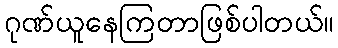
ဂုဏ်ယူနေကြတာဖြစ်ပါတယ်။